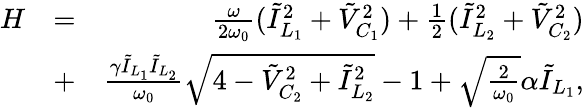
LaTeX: \begin{array}{rlr}{H}&{=}&{\frac{\omega}{2\omega_{0}}(\tilde{I}_{L_{1}}^{2}+\tilde{V}_{C_{1}}^{2})+\frac{1}{2}(\tilde{I}_{L_{2}}^{2}+\tilde{V}_{C_{2}}^{2})}\\ &{+}&{\frac{\gamma\tilde{I}_{L_{1}}\tilde{I}_{L_{2}}}{\omega_{0}}\sqrt{4-\tilde{V}_{C_{2}}^{2}+\tilde{I}_{L_{2}}^{2}}-1+\sqrt{\frac{2}{\omega_{0}}}\alpha\tilde{I}_{L_{1}},}\end{array}